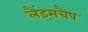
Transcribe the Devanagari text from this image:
लैंड्सचैप